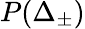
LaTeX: P(\Delta_{\pm})